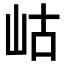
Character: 岵